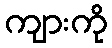
ကျားကို